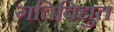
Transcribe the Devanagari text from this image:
गतिविद्युत